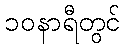
၁၀နာရီတွင်